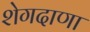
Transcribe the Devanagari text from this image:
शेगदाणा